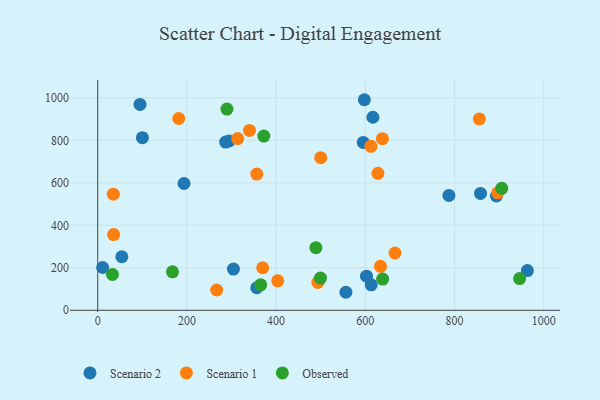
{"axis": {"x": "Experience", "y": "Sales"}, "legend": ["Observed", "Scenario 1", "Scenario 2"], "data": [{"x": "602.7", "y": 160.5, "type": "Scenario 2"}, {"x": "595.4", "y": 790.3, "type": "Scenario 2"}, {"x": "556.5", "y": 84.7, "type": "Scenario 2"}, {"x": "894.1", "y": 538.0, "type": "Scenario 2"}, {"x": "858.3", "y": 550.1, "type": "Scenario 2"}, {"x": "963.4", "y": 187.0, "type": "Scenario 2"}, {"x": "597.8", "y": 991.2, "type": "Scenario 2"}, {"x": "617.0", "y": 908.8, "type": "Scenario 2"}, {"x": "11.0", "y": 201.3, "type": "Scenario 2"}, {"x": "613.3", "y": 119.7, "type": "Scenario 2"}, {"x": "100.2", "y": 812.4, "type": "Scenario 2"}, {"x": "787.5", "y": 540.6, "type": "Scenario 2"}, {"x": "356.6", "y": 106.0, "type": "Scenario 2"}, {"x": "304.3", "y": 193.9, "type": "Scenario 2"}, {"x": "54.1", "y": 252.0, "type": "Scenario 2"}, {"x": "286.9", "y": 791.7, "type": "Scenario 2"}, {"x": "193.5", "y": 596.7, "type": "Scenario 2"}, {"x": "294.6", "y": 797.4, "type": "Scenario 2"}, {"x": "94.8", "y": 969.0, "type": "Scenario 2"}, {"x": "612.6", "y": 771.9, "type": "Scenario 1"}, {"x": "634.0", "y": 206.7, "type": "Scenario 1"}, {"x": "313.8", "y": 808.4, "type": "Scenario 1"}, {"x": "370.0", "y": 200.1, "type": "Scenario 1"}, {"x": "356.7", "y": 641.2, "type": "Scenario 1"}, {"x": "638.3", "y": 807.9, "type": "Scenario 1"}, {"x": "855.7", "y": 900.7, "type": "Scenario 1"}, {"x": "500.0", "y": 718.2, "type": "Scenario 1"}, {"x": "897.0", "y": 552.9, "type": "Scenario 1"}, {"x": "35.7", "y": 356.3, "type": "Scenario 1"}, {"x": "340.4", "y": 846.5, "type": "Scenario 1"}, {"x": "35.0", "y": 546.5, "type": "Scenario 1"}, {"x": "666.6", "y": 269.6, "type": "Scenario 1"}, {"x": "403.7", "y": 138.8, "type": "Scenario 1"}, {"x": "628.3", "y": 644.8, "type": "Scenario 1"}, {"x": "266.8", "y": 95.4, "type": "Scenario 1"}, {"x": "493.6", "y": 131.1, "type": "Scenario 1"}, {"x": "181.7", "y": 902.7, "type": "Scenario 1"}, {"x": "489.2", "y": 294.5, "type": "Observed"}, {"x": "945.9", "y": 149.4, "type": "Observed"}, {"x": "33.1", "y": 168.4, "type": "Observed"}, {"x": "905.9", "y": 573.9, "type": "Observed"}, {"x": "372.5", "y": 820.3, "type": "Observed"}, {"x": "638.9", "y": 146.7, "type": "Observed"}, {"x": "365.4", "y": 120.0, "type": "Observed"}, {"x": "499.5", "y": 151.5, "type": "Observed"}, {"x": "167.7", "y": 181.2, "type": "Observed"}, {"x": "289.7", "y": 947.0, "type": "Observed"}]}